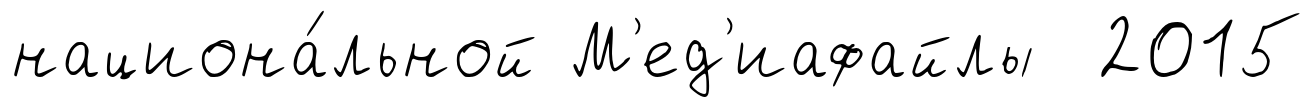
национа́льной М'ед'иафайлы 2015